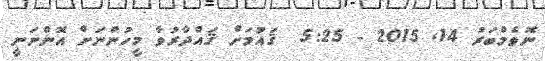
ނޮވެމްބަރު 14